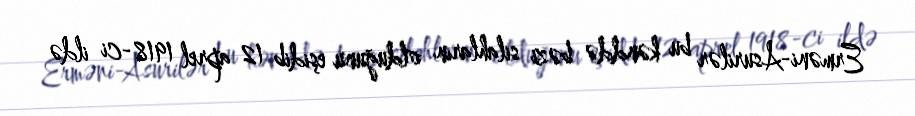
Erməni-Asurilər bu kənddə bəzi silahların olduğunu eşidib 12 aprel 1918-ci ildə